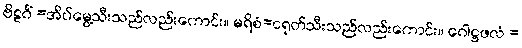
ဗိဠင်္ဂံ =အိပ်မွေ့သီးသည်လည်းကောင်း။ မရိစံ=ငရုတ်သီးသည်လည်းကောင်း။ ဂေါဋ္ဌဖလံ =